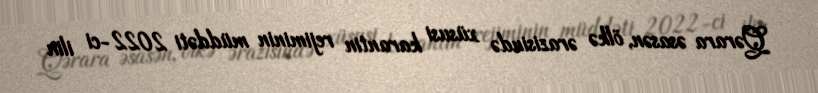
Qərara əsasən, ölkə ərazisində xüsusi karantin rejiminin müddəti 2022-ci ilin